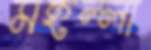
মহল্লা